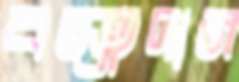
বস্ত্রদান